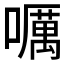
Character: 𡂖